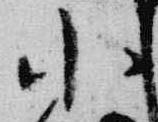
小